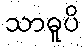
သာဓူပိ